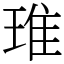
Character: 琟